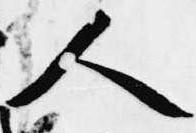
人